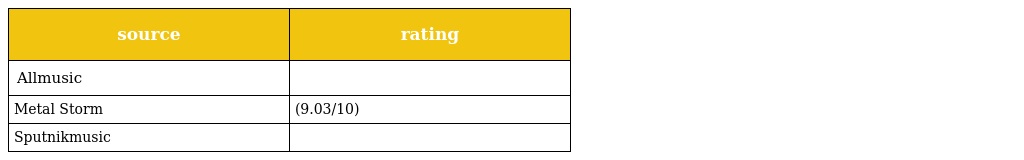
| source | rating |
 | --- | --- |
 | Allmusic |  |
 | Metal Storm | (9.03/10) |
 | Sputnikmusic |  |